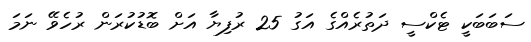
ސަބަބަކީ ޓެކްސީ ދަތުރެއްގެ އަގު 25 ރުފިޔާ އަށް ބޮޑުކުރަން ރުހެވޭ ނަމަ